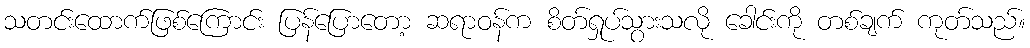
သတင်းထောက်ဖြစ်ကြောင်း ပြန်ပြောတော့ ဆရာဝန်က စိတ်ရှုပ်သွားသလို ခေါင်းကို တစ်ချက် ကုတ်သည်။